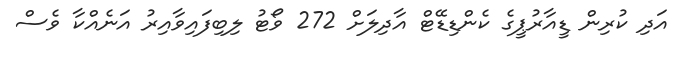
އަދި ކުރިން ޑީއާރުޕީގެ ކެންޑިޑޭޓް އާދިލަށް 272 ވޯޓު ލިބިފައިވާއިރު އަނެއްކާ ވެސް